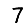
Digit: 7